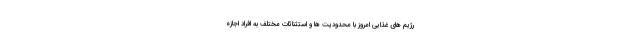
رژیم های غذایی امروز با محدودیت ها و استثنائات مختلف به افراد اجازه